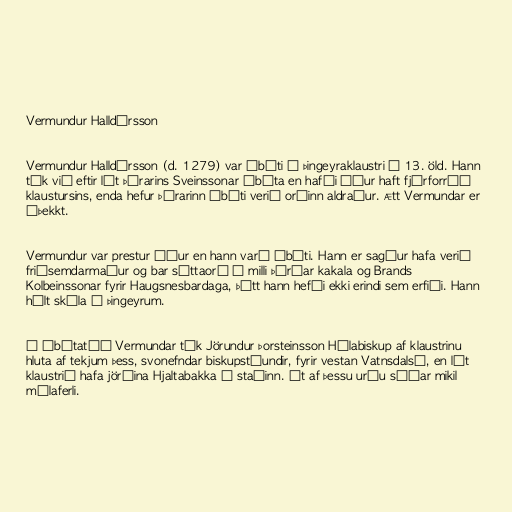
Vermundur Halldórsson

Vermundur Halldórsson (d. 1279) var ábóti í Þingeyraklaustri á 13. öld. Hann
tók við eftir lát Þórarins Sveinssonar ábóta en hafði áður haft fjárforráð
klaustursins, enda hefur Þórarinn ábóti verið orðinn aldraður. Ætt Vermundar er
óþekkt.

Vermundur var prestur áður en hann varð ábóti. Hann er sagður hafa verið
friðsemdarmaður og bar sáttaorð á milli Þórðar kakala og Brands
Kolbeinssonar fyrir Haugsnesbardaga, þótt hann hefði ekki erindi sem erfiði. Hann
hélt skóla á Þingeyrum.

Í ábótatíð Vermundar tók Jörundur Þorsteinsson Hólabiskup af klaustrinu
hluta af tekjum þess, svonefndar biskupstíundir, fyrir vestan Vatnsdalsá, en lét
klaustrið hafa jörðina Hjaltabakka í staðinn. Út af þessu urðu síðar mikil
málaferli.